Document type: Sale
Year: 1461
Scribe: [Unknown]
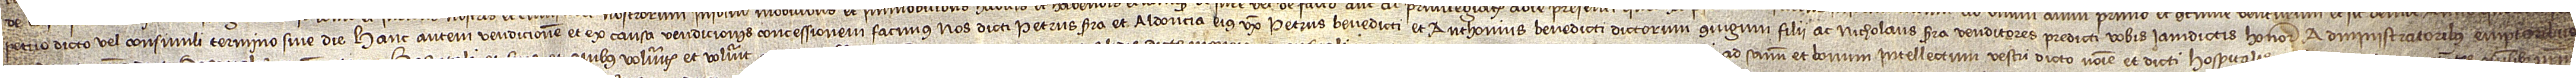
petuo dicto vel consimili termino sive die. Hanc autem vendicionem et ex causa vendicionis concessionem facimus nos dicti Petrus Serra et Aldoncia, eiux uxor, Petrus Benedicti et Anthonius Benedicti, dictorum coniugium  filii, ac Nicholaus Serra, venditores predicti, vobis iamdictis honorabilibus administratoribus, emptoribus